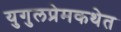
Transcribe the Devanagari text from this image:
युगुलप्रेमकथेत